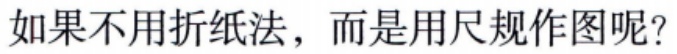
如果不用折纸法，而是用尺规作图呢？